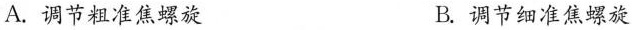
A.调节粗准焦螺旋 B.调节细准焦螺旋